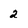
Character: 2